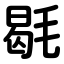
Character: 毼